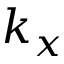
k _ { x }